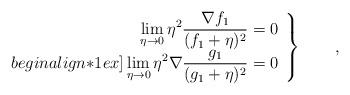
LaTeX: \begin{align*}\left.\begin{array}{r}\displaystyle\lim_{\eta\to 0} \eta^2 \frac{\nabla f_1}{(f_1+\eta)^2} =0\\begin{align*}1ex]\displaystyle\lim_{\eta\to 0} \eta^2 \nabla\frac{ g_1}{(g_1+\eta)^2} =0 \end{array}\right\}\qquad,\end{align*}